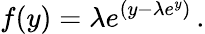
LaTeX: f(y)=\lambda e^{(y-\lambda e^{y})}\, .